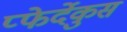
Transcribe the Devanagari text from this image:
प्फेर्देकुस